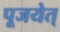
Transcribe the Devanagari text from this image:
पूजयेत्